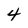
Character: 4